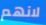
لانهم